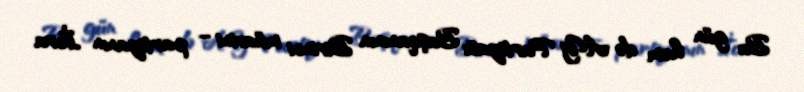
Bu gün həm də AY Partiyası Başqanının Birinci müavini – partiyanın İcra